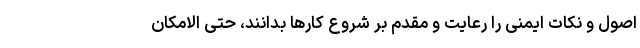
اصول و نکات ایمنی را رعایت و مقدم بر شروع کارها بدانند، حتی الامکان